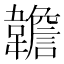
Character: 䪜